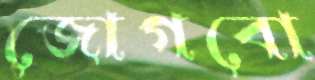
জোগবো